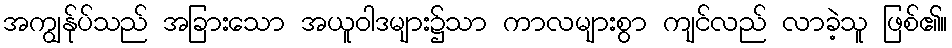
အကျွန်ုပ်သည် အခြားသော အယူဝါဒများ၌သာ ကာလများစွာ ကျင်လည် လာခဲ့သူ ဖြစ်၏။